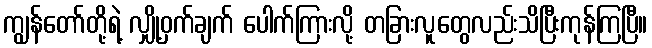
ကျွန်တော်တို့ရဲ့ လျှို့ဝှက်ချက် ပေါက်ကြားလို့ တခြားလူတွေလည်းသိပြီးကုန်ကြပြီ။